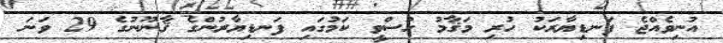
އުނިވެއްޖެ ފަނޑިޔާރަކު ހުރި މަޤާމު ހުސްވީ ކަމުގައި ފަނޑިޔާރުންގެ ޤާނޫނުގެ 29 ވަނަ